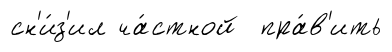
сн'и́з'ил ча́стной пра́в'ить